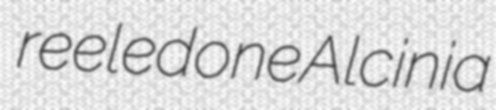
reeledone Alcinia